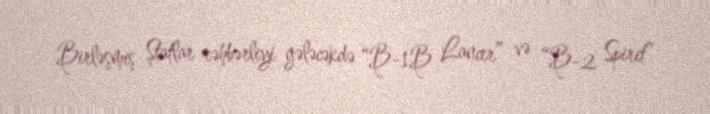
Birləşmiş Ştatlar rəhbərliyi gələcəkdə “B-1B Lancer” və “B-2 Spirit”